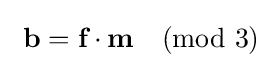
\ {\textbf {b}}={\textbf {f}}\cdot {\textbf {m}}{\pmod {3}}